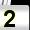
Digit: 2